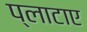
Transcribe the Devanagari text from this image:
प्लाटाए